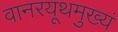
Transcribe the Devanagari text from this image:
वानरयूथमुख्यं